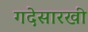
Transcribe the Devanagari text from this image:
गदेसारखी